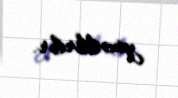
yönəldirlər.